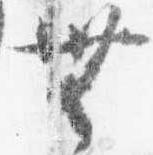
無